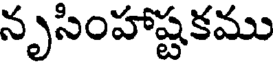
నృసింహాష్టకము